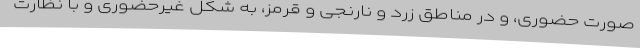
صورت حضوری، و در مناطق زرد و نارنجی و قرمز، به شکل غیرحضوری و با نظارت